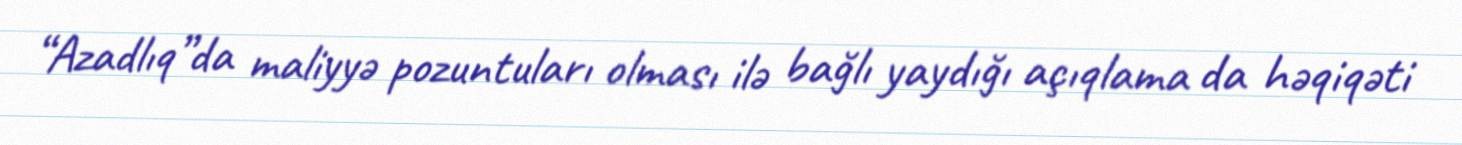
“Azadlıq”da maliyyə pozuntuları olması ilə bağlı yaydığı açıqlama da həqiqəti